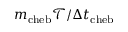
m _ { \mathrm { c h e b } } \mathcal { T } / \Delta t _ { \mathrm { c h e b } }